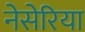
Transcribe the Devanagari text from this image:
नेसेरिया